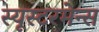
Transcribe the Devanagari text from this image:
स्यूस्टरमेन्स